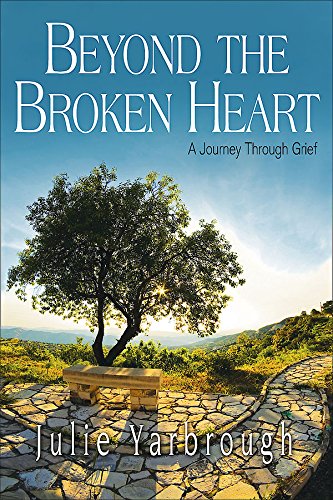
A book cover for Beyond the Broken Heart: Participant Book: A Journey Through Grief; Julie Yarbrough; Christian Books & Bibles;